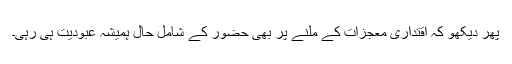
پھر دیکھو کہ اقتداری معجزات کے ملنے پر بھی حضور کے شامل حال ہمیشہ عبودیت ہی رہی۔